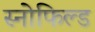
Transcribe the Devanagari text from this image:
स्‍नोफिल्‍ड